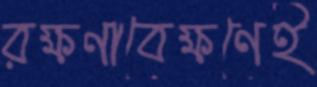
রক্ষণাবেক্ষণেই